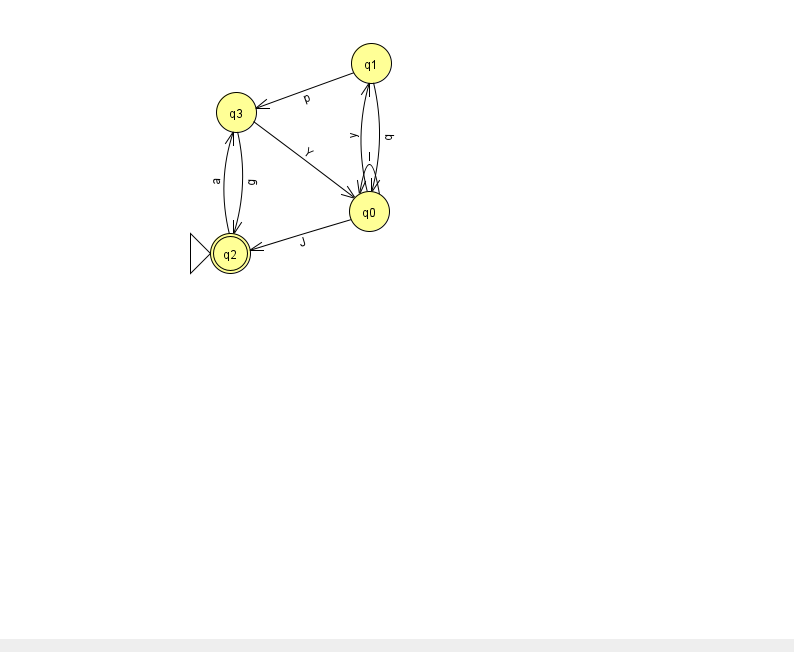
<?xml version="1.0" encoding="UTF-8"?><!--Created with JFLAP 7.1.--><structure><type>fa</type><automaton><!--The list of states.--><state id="0" name="q0"><x>369.0</x><y>198.0</y></state><state id="1" name="q1"><x>371.0</x><y>50.0</y></state><state id="2" name="q2"><x>230.0</x><y>240.0</y><initial/><final/></state><state id="3" name="q3"><x>236.0</x><y>99.0</y></state><!--The list of transitions.--><transition><from>1</from><to>0</to><read>q</read></transition><transition><from>3</from><to>0</to><read>Y</read></transition><transition><from>3</from><to>2</to><read>g</read></transition><transition><from>0</from><to>0</to><read>I</read></transition><transition><from>0</from><to>1</to><read>y</read></transition><transition><from>0</from><to>2</to><read>J</read></transition><transition><from>1</from><to>3</to><read>p</read></transition><transition><from>2</from><to>3</to><read>a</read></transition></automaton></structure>